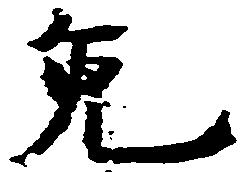
免